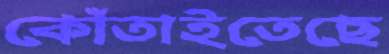
কোঁতাইতেছে